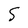
Character: 5